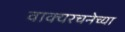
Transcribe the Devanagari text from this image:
वाक्यरचनेच्या